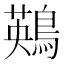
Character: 鶧